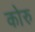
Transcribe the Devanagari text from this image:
कोरु